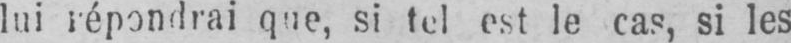
lui répondrai que, si tel est le cas, si les